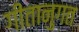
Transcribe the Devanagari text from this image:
गीतानुगत